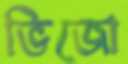
ভিজো